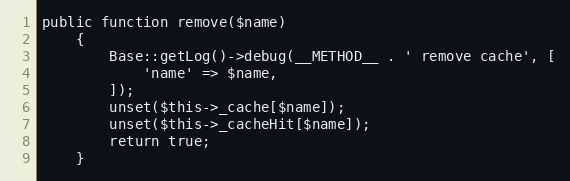
Language: PHP
public function remove($name)
    {
        Base::getLog()->debug(__METHOD__ . ' remove cache', [
            'name' => $name,
        ]);
        unset($this->_cache[$name]);
        unset($this->_cacheHit[$name]);
        return true;
    }